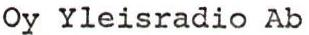
Oy Yleisradio Ab